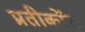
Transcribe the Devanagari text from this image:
प्रतीकोंख्‍